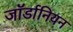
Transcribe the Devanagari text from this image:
जॉर्डानियन